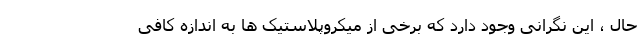
حال ، این نگرانی وجود دارد که برخی از میکروپلاستیک ها به اندازه کافی